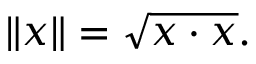
\| x \| = { \sqrt { x \cdot x } } .